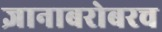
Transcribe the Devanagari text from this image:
ज्ञानाबरोबरच